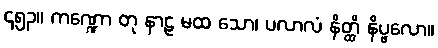
၄၅၃။ ကဏ္ဍော တု နာဠ မထ သော၊ ပလာလံ နိတ္ထိ နိပ္ဖလော။